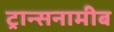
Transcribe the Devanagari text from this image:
ट्रान्सनामीब